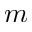
m